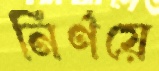
নির্ণয়ে